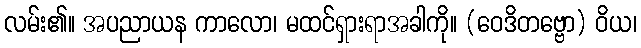
လမ်း၏။ အပညာယန ကာလော၊ မထင်ရှားရာအခါကို။ (ဝေဒိတဗ္ဗော) ဝိယ၊